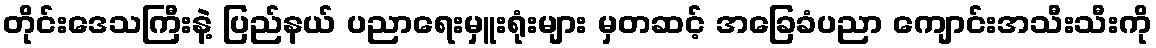
တိုင်းဒေသကြီးနဲ့ ပြည်နယ် ပညာရေးမှူးရုံးများ မှတဆင့် အခြေခံပညာ ကျောင်းအသီးသီးကို